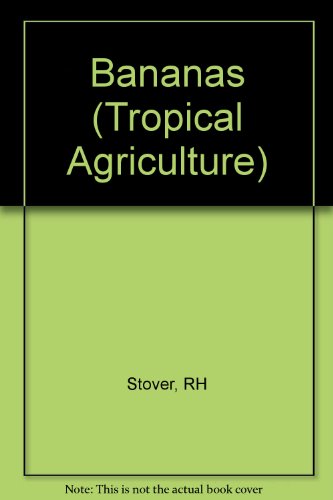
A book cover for Bananas (Tropical Agriculture); RH Stover; Science & Math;